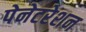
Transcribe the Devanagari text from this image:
पेनेटरेशन